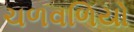
ચળવળિયો